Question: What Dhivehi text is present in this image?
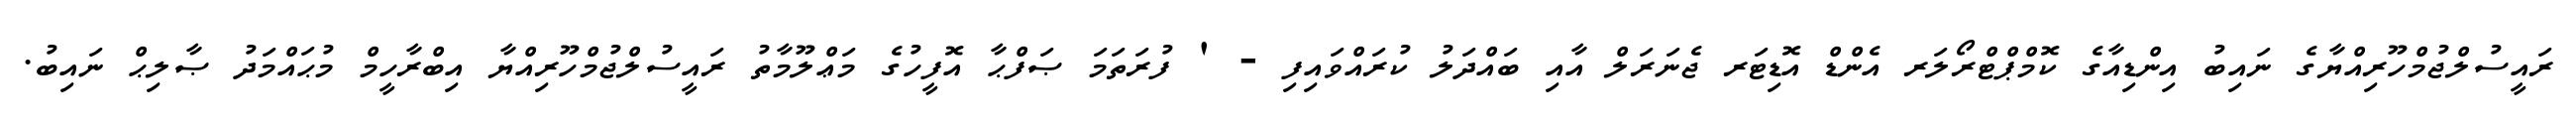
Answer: ރައީސުލްޖުމްހޫރިއްޔާގެ ނައިބު އިންޑިއާގެ ކޮމްޕްޓްރޯލަރ އެންޑް އޮޑިޓަރ ޖެނަރަލް އާއި ބައްދަލު ކުރައްވައިފި - ' ފުރަތަމަ ޞަފްޙާ އޮފީހުގެ މަޢްލޫމާތު ރައީސުލްޖުމްހޫރިއްޔާ އިބްރާހީމް މުޙައްމަދު ޞާލިޙް ނައިބު.